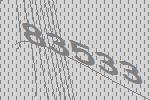
83533